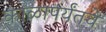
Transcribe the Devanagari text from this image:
काळापर्यंतचे